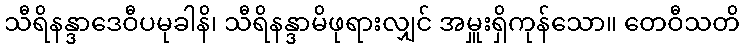
သီရိနန္ဒာဒေဝီပမုခါနိ၊ သီရိနန္ဒာမိဖုရားလျှင် အမှူးရှိကုန်သော။ တေဝီသတိ